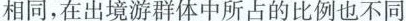
相同，在出境游群体中所占的比例也不同